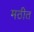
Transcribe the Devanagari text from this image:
मठीत